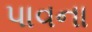
પાવના